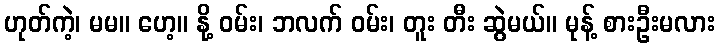
ဟုတ်ကဲ့၊ မမ။ ဟေ့။ နို့ ဝမ်း၊ ဘလက် ဝမ်း၊ တူး တီး ဆွဲမယ်။ မုန့် စားဦးမလား